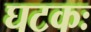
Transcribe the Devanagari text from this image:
घटकः